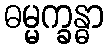
ဓမ္မက္ခန္ဓာ